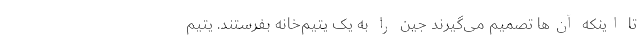
تا اینکه آن‌ها تصمیم می‌گیرند جین را به یک یتیم‌خانه بفرستند. یتیم